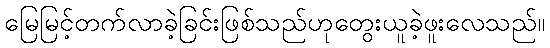
မြေမြင့်တက်လာခဲ့ခြင်းဖြစ်သည်ဟုတွေးယူခဲ့ဖူးလေသည်။